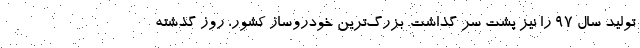
تولید سال ۹۷ را نیز پشت سر گذاشت. بزرگ‌ترین خودروساز کشور، روز گذشته